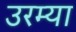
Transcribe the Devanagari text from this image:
उरम्या